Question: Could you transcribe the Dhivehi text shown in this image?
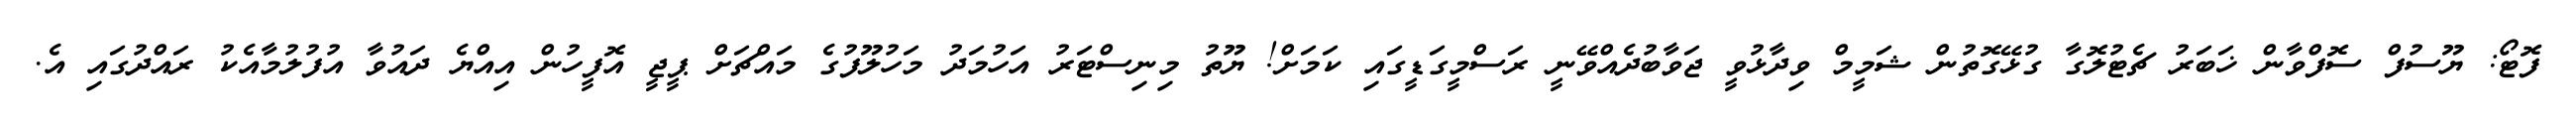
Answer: ފޮޓޯ: ޔޫސުފް ސޮފްވާން ޚަބަރު ޗެޓުލޮގާ ގުޅޭގޮތުން ޝަމީމް ވިދާޅުވީ ޖަވާބުދެއްވޭނީ ރަސްމީގަޑީގައި ކަމަށް! ޔޫތު މިނިސްޓަރު އަހުމަދު މަހުލޫފުގެ މައްޗަށް ޕީޖީ އޮފީހުން އިއްޔެ ދައުވާ އުފުލުމާއެކު ރައްދުގައި އެ.